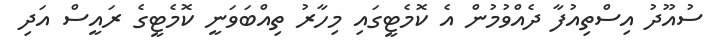
ސުއޫދު އިސްތިއުފާ ދެއްވުމުން އެ ކޮމެޓީގައި މިހާރު ތިއްބަވަނީ ކޮމެޓީގެ ރައީސް އަދި